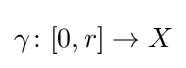
\gamma \colon [0,r]\to X